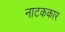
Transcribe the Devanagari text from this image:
नाटककार